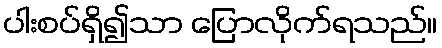
ပါးစပ်ရှိ၍သာ ပြောလိုက်ရသည်။